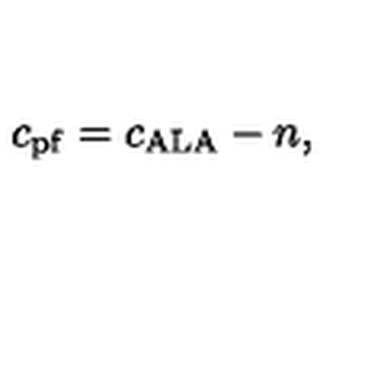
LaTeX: c _ { \mathrm { p f } } = c _ { \mathrm { A L A } } - n ,